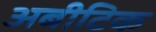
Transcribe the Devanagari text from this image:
अबीटिक